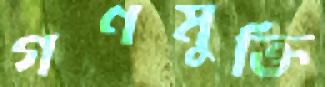
গণমুক্তি